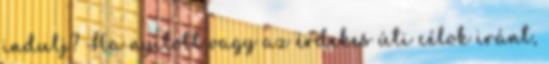
indulj? Ha nyitott vagy az érdekes úti célok iránt,